Vaccination United Provinces of Agra and Oudh 1914-1922 - 1914-1922
Year: 1914
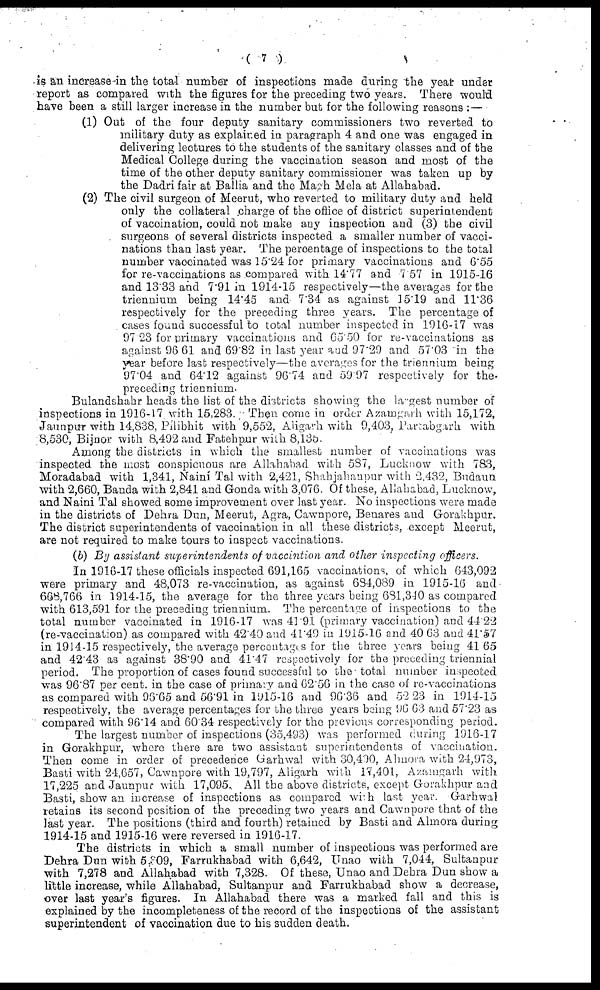
( 7 )
is an increase in the total number of inspections made during the year under
report as compared with the figures for the preceding two years. There would
have been a still larger increase in the number but for the following reasons :—
(1) Out of the four deputy sanitary commissioners two reverted to
military duty as explained in paragraph 4 and one was engaged in
delivering lectures to the students of the sanitary classes and of the
Medical College during the vaccination season and most of the
time of the other deputy sanitary commissioner was taken up by
the Dadri fair at Ballia and the Magh Mela at Allahabad.
(2) The civil surgeon of Meerut, who reverted to military duty and held
only the collateral charge of the office of district superintendent
of vaccination, could not make any inspection and (3) the civil
surgeons of several districts inspected a smaller number of vacci-
nations than last year. The percentage of inspections to the total
number vaccinated was 15.24 for primary vaccinations and 6.55
for re-vaccinations as compared with 14.77 and 7.57 in 1915-16
and 13.33 and 7.91 in 1914-15 respectively—the averages for the
triennium being 14.45 and 7.34 as against 15.19 and 11.36
respectively for the preceding three years. The percentage of
cases found successful to total number inspected in 1916-17 was
97.23 for primary vaccinations and 65.50 for re-vaccinations as
against 96 61 and 69.82 in last year and 97.29 and 57.03 in the
year before last respectively—the averages for the triennium being
97.04 and 64.12 against 96.74 and 59.97 respectively for the
preceding triennium.
Bulandshahr heads the list of the districts showing the largest number of
inspections in 1916-17 with 15,283. Then come in order Azamgarh with 15,172,
Jaunpur with 14,838, Pilibhit with 9,552, Aligarh with 9,403, Partabgarh with
8,530, Bijnor with 8,492 and Fatehpur with 8,135.
Among the districts in which the smallest number of vaccinations was
inspected the most conspicuous are Allahabad with 587, Lucknow with 783,
Moradabad with 1,341, Naini Tal with 2,421, Shahjahanpur with 2,432, Budaun
with 2,660, Banda with 2,841 and Gonda with 3,076. Of these, Allahabad, Lucknow,
and Naini Tal showed some improvement over last year. No inspections were made
in the districts of Dehra Dun, Meerut, Agra, Cawnpore, Benares and Gorakhpur.
The district superintendents of vaccination in all these districts, except Meerut,
are not required to make tours to inspect vaccinations.
(b) By assistant superintendents of vaccintion and other inspecting officers.
In 1916-17 these officials inspected 691,165 vaccinations, of which 643,092
were primary and 48,073 re-vaccination, as against 684,089 in 1915-16 and
668,766 in 1914-15, the average for the three years being 681,340 as compared
with 613,591 for the preceding triennium. The percentage of inspections to the
total number vaccinated in 1916-17 was 41.91 (primary vaccination) and 44.22
(re-vaccination) as compared with 42.40 and 41.49 in 1915-16 and 40.63 and 41.57
in 1914-15 respectively, the average percentages for the three years being 41 65
and 42.43 as against 38.90 and 41.47 respectively for the preceding triennial
period. The proportion of cases found successful to the total number inspected
was 96.87 per cent. in the case of primary and 62.56 in the case of re-vaccinations
as compared with 96.65 and 56.91 in 1915-16 and 96.36 and 52.23 in 1914-15
respectively, the average percentages for the three years being 96 63 and 57.23 as
compared with 96.14 and 60.34 respectively for the previous corresponding period.
The largest number of inspections (35,493) was performed during 1916-17
in Gorakhpur, where there are two assistant superintendents of vaccination.
Then come in order of precedence Garhwal with 30,400, Almora with 24,973,
Basti with 24,657, Cawnpore with 19,797, Aligarh with 17,401, Azamgarh with
17,225 and Jaunpur with 17,095. All the above districts, except Gorakhpur and
Basti, show an increase of inspections as compared with last year. Garhwal
retains its second position of the preceding two years and Cawnpore that of the
last year. The positions (third and fourth) retained by Basti and Almora during
1914-15 and 1915-16 were reversed in 1916-17.
The districts in which a small number of inspections was performed are
Dehra Dun with 5,309, Farrukhabad with 6,642, Unao with 7,044, Sultanpur
with 7,278 and Allahabad with 7,328. Of these, Unao and Dehra Dun show a
little increase, while Allahabad, Sultanpur and Farrukhabad show a decrease,
over last year's figures. In Allahabad there was a marked fall and this is
explained by the incompleteness of the record of the inspections of the assistant
superintendent of vaccination due to his sudden death.